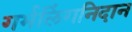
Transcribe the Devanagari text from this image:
गर्भलिंगनिदान